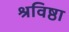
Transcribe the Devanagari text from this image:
श्रविष्ठा